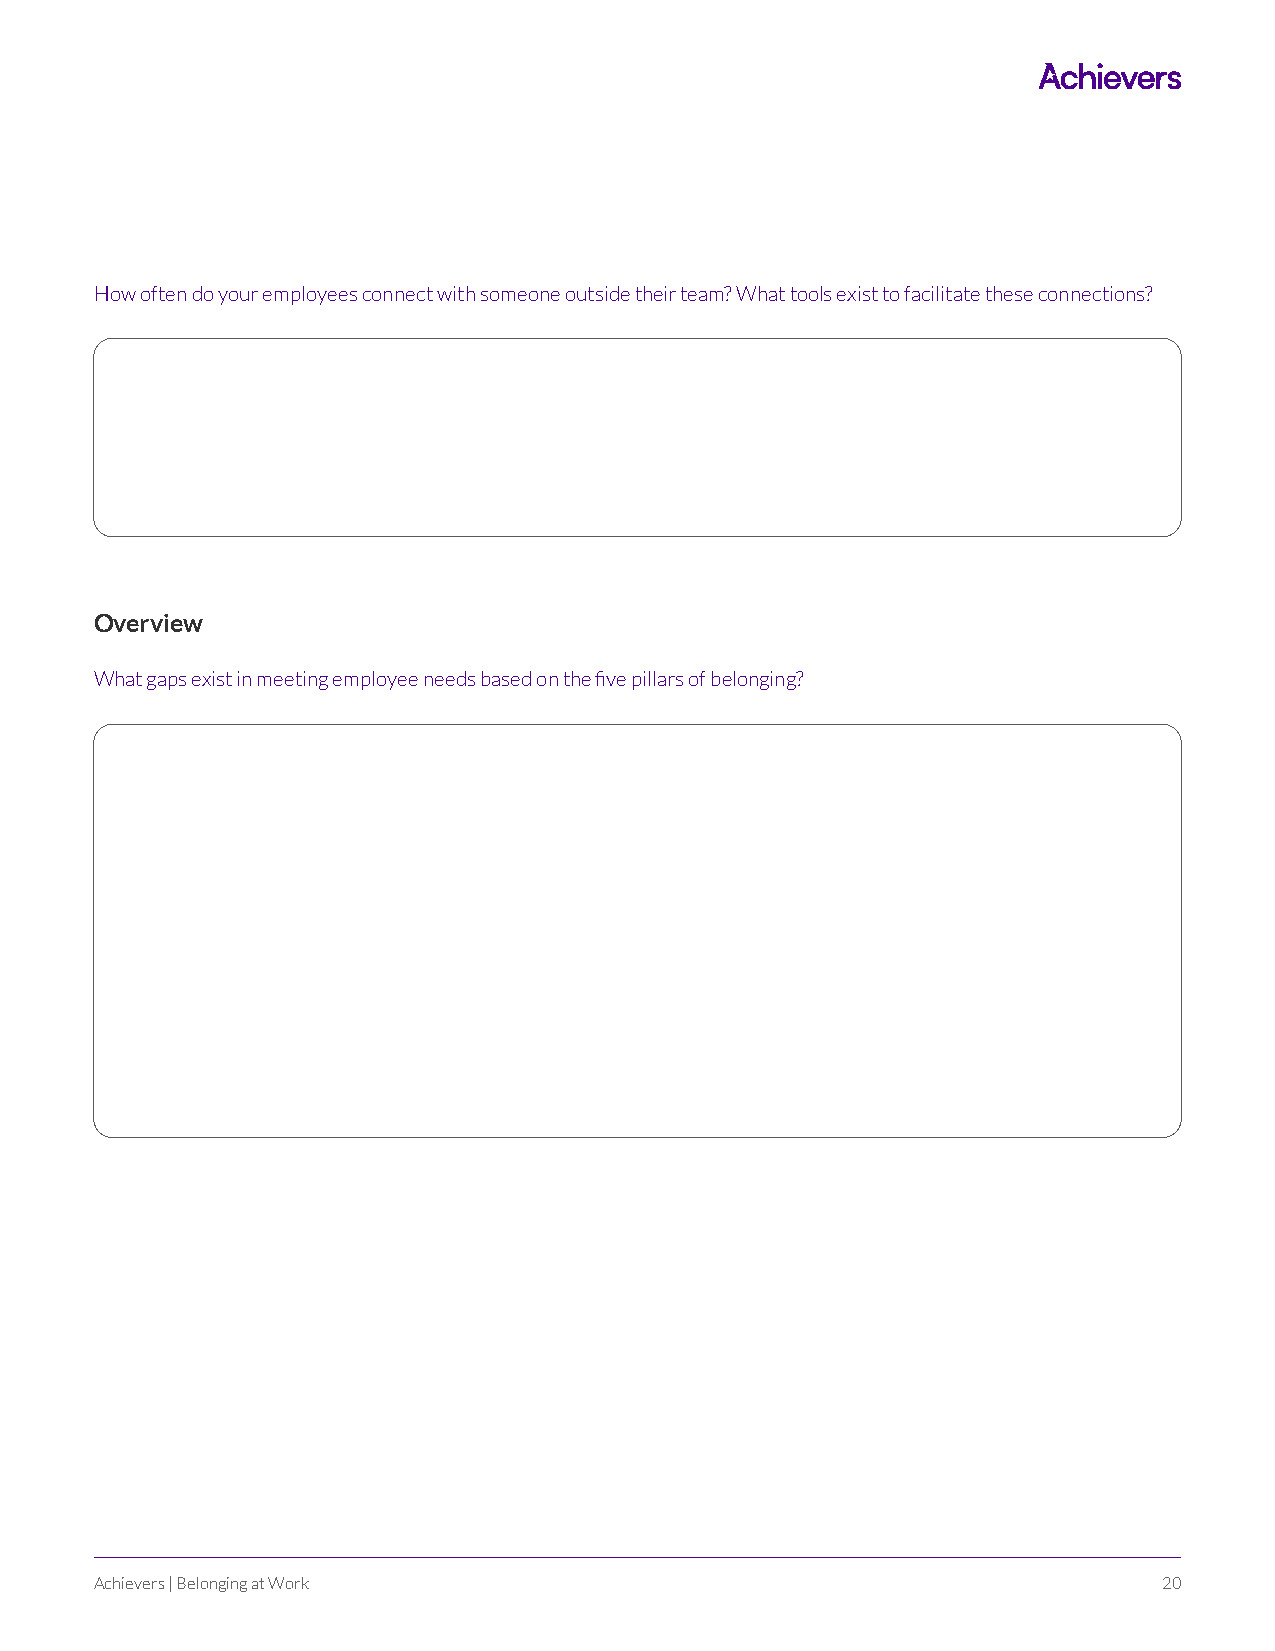
How often do your employees connect with someone outside their team? What tools exist to facilitate these connections?
 Overview
 What gaps exist in meeting employee needs based on the five pillars of belonging?
 Achievers | Belonging at Work                                          20